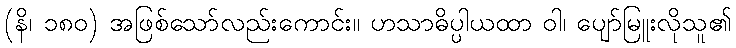
(နိ၊ ၁၈၀) အဖြစ်သော်လည်းကောင်း။ ဟသာဓိပ္ပါယထာ ဝါ၊ ပျော်မြူးလိုသူ၏